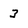
Character: 3